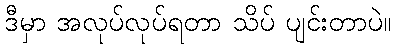
ဒီမှာ အလုပ်လုပ်ရတာ သိပ် ပျင်းတာပဲ။